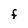
Character: F